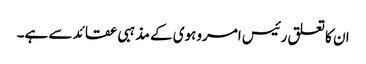
ان کا تعلق رئیس امروہوی کے مذہبی عقائد سے ہے۔